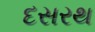
દસરથ